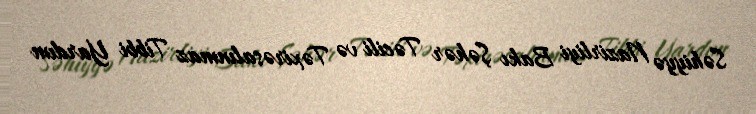
Səhiyyə Nazirliyi Bakı Şəhər Təcili və Təxirəsalınmaz Tibbi Yardım